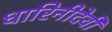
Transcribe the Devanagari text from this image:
धारिनीदेवी